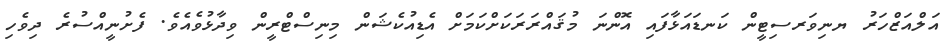
އަލްއަޒްހަރު ޔނިވަރސިޓީން ކަނޑައަޅާފައި އޮންނަ މުޤައްރަރަކަށްކަމަށް އެޑިއުކެޝަން މިނިސްޓްރީން ވިދާޅުވެއެވެ. ފެށުނީއްސުރެ ދިވެހި